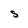
Character: S